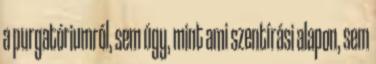
a purgatóriumról, sem úgy, mint ami szentírási alapon, sem